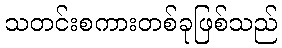
သတင်းစကားတစ်ခုဖြစ်သည်